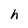
Character: h